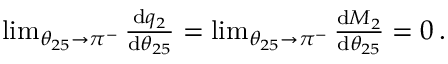
\begin{array} { r } { \operatorname* { l i m } _ { \theta _ { 2 5 } \to \pi ^ { - } } \frac { \mathrm { d } q _ { 2 } } { \mathrm { d } \theta _ { 2 5 } } = \operatorname* { l i m } _ { \theta _ { 2 5 } \to \pi ^ { - } } \frac { \mathrm { d } M _ { 2 } } { \mathrm { d } \theta _ { 2 5 } } = 0 \, . } \end{array}